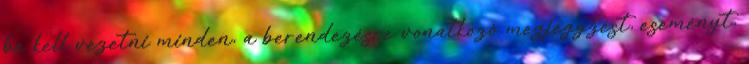
be kell vezetni minden, a berendezésre vonatkozó megjegyzést, eseményt,